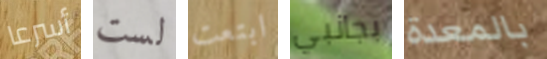
أسرعا لست ابتعت بجانبي بالمعدة